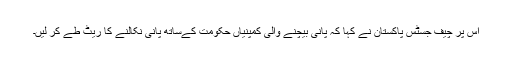
اس پر چیف جسٹس پاکستان نے کہا کہ پانی بیچنے والی کمپنیاں حکومت کےساتھ پانی نکالنے کا ریٹ طے کر لیں۔